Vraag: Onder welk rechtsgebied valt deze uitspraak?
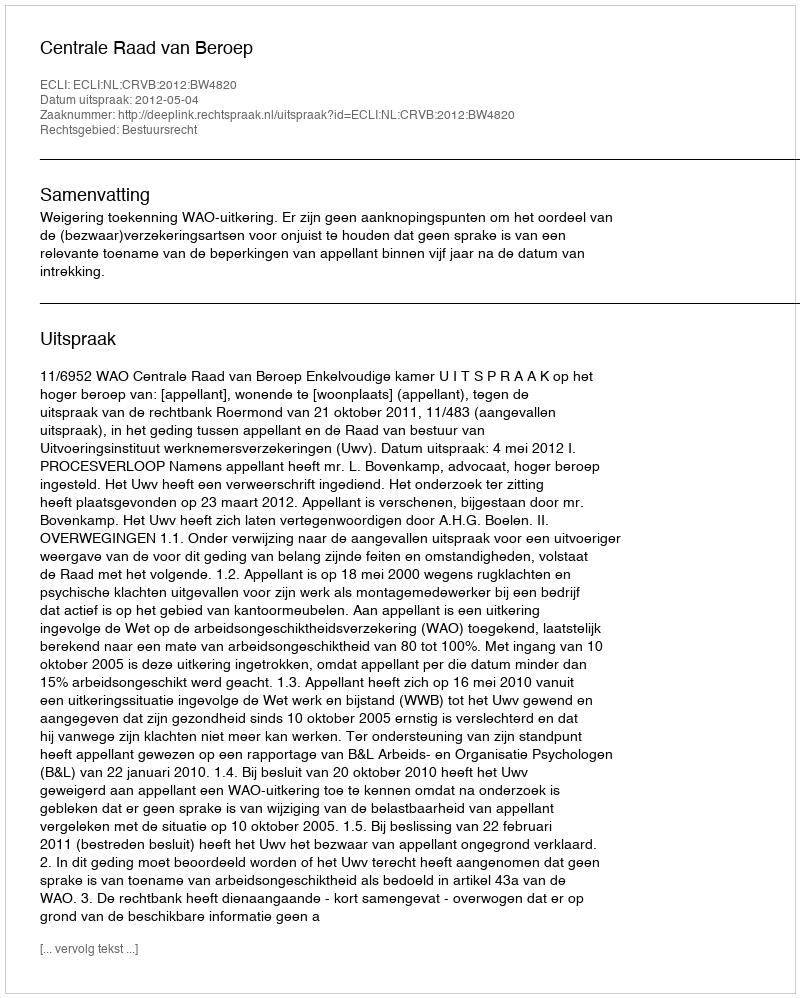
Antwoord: Bestuursrecht